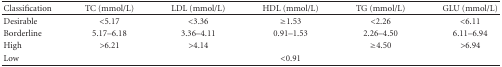
<table><thead><tr><td><b>Classification </b></td><td><b>TC (mmol/L)</b></td><td><b>LDL (mmol/L)</b></td><td><b>HDL (mmol/L)</b></td><td><b>TG (mmol/L)</b></td><td><b>GLU (mmol/L)</b></td></tr></thead><tbody><tr><td>Desirable</td><td>&lt;5.17</td><td>&lt;3.36</td><td>≥1.53</td><td>&lt;2.26</td><td>&lt;6.11</td></tr><tr><td>Borderline</td><td>5.17–6.18</td><td>3.36–4.11</td><td>0.91–1.53</td><td>2.26–4.50</td><td>6.11–6.94</td></tr><tr><td>High</td><td>&gt;6.21</td><td>&gt;4.14</td><td> </td><td>≥4.50</td><td>&gt;6.94</td></tr><tr><td>Low</td><td> </td><td> </td><td>&lt;0.91</td><td> </td><td> </td></tr></tbody></table>